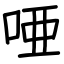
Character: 唖